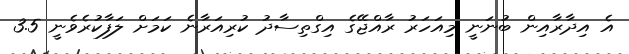
އެ އިދާރާއިން ބުނަނީ މިއަހަރު ރާއްޖޭގެ އިގްތިސާދު ކުރިއަރާނެ ކަމަށް ލަފާކުރެވެނީ 3.5